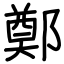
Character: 鄭